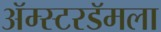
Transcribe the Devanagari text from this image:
ॲम्स्टरडॅमला